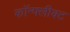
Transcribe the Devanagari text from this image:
कॉन्फ्लीक्ट